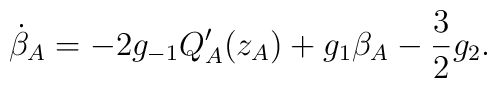
\dot\beta_A = -2 g_{-1} Q'_A(z_A) + g_1 \beta_A - \frac{3}{2}g_2.